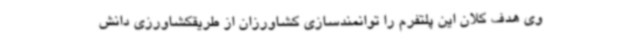
وی هدف کلان این پلتفرم را توانمندسازی کشاورزان از طریقکشاورزی دانش